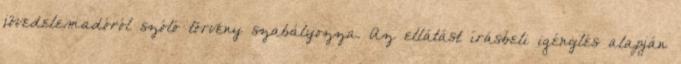
jövedelemadóról szóló törvény szabályozza. Az ellátást írásbeli igénylés alapján